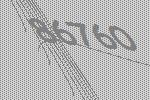
86760